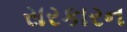
સરકારન